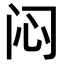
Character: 闷